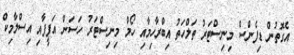
އެގޮތުން ޑިފެންސް މިނިސްޓަރު ތަލްހަތު އިބްރާހިމާއި ހޯމް މިނިސްޓަރު ހަސަން އަފީފާއި އިސްލާމިކް